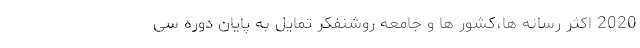
2020 اکثر رسانه ها،کشور ها و جامعه روشنفکر تمایل به پایان دوره سی